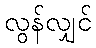
လွန်လျှင်